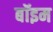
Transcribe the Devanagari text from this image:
बॉइम